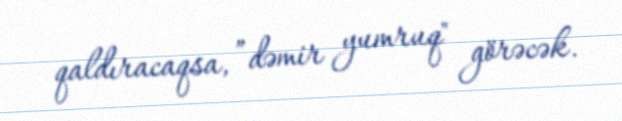
qaldıracaqsa, ”dəmir yumruq" görəcək.